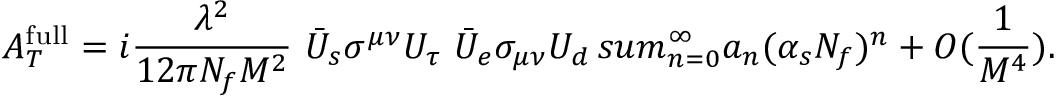
A _ { T } ^ { \mathrm { f u l l } } = i { \frac { \lambda ^ { 2 } } { 1 2 \pi N _ { f } M ^ { 2 } } } \ \bar { U } _ { s } \sigma ^ { \mu \nu } U _ { \tau } \ \bar { U } _ { e } \sigma _ { \mu \nu } U _ { d } \, s u m _ { n = 0 } ^ { \infty } a _ { n } ( \alpha _ { s } N _ { f } ) ^ { n } + { \cal O } ( { \frac { 1 } { M ^ { 4 } } } ) .